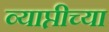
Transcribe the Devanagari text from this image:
व्याप्तीच्या